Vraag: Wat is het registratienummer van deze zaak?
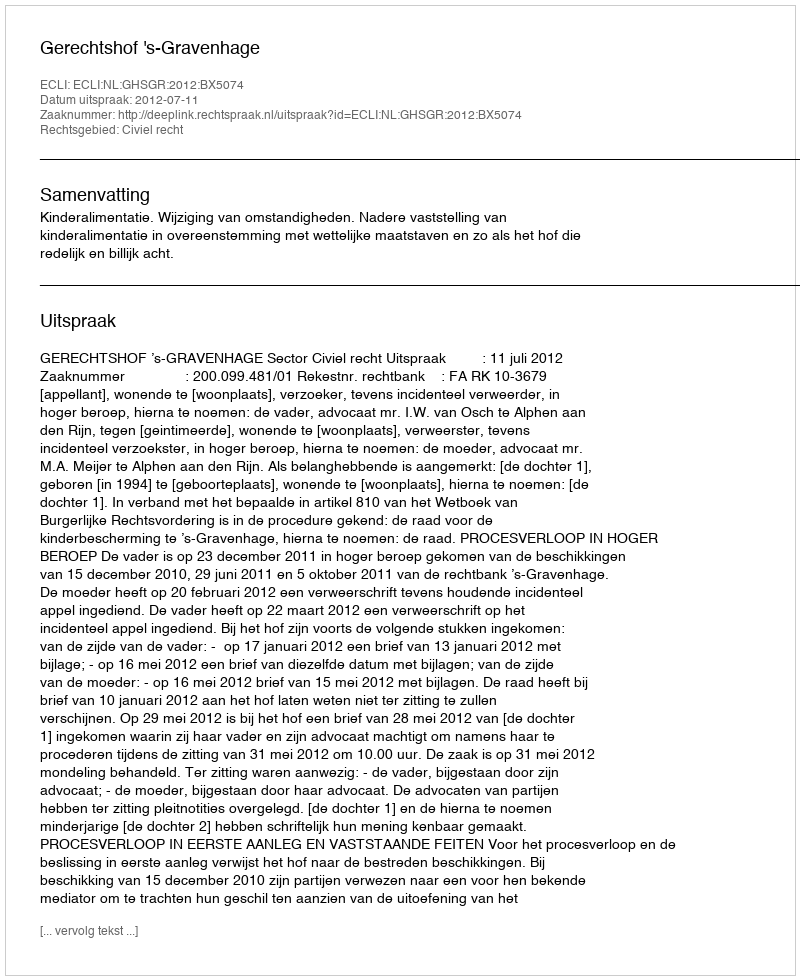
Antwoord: http://deeplink.rechtspraak.nl/uitspraak?id=ECLI:NL:GHSGR:2012:BX5074